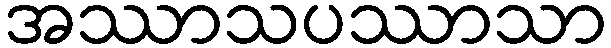
အဿာသပဿာသာ